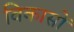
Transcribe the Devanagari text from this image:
विकासों